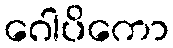
ဂေါပိကော